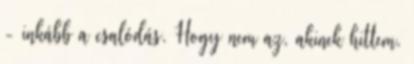
- inkább a csalódás. Hogy nem az, akinek hittem.